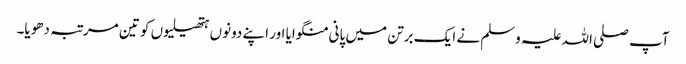
آپ صلی اللہ علیہ وسلم نے ایک برتن میں پانی منگوایا اور اپنے دونوں ہتھیلیوں کو تین مرتبہ دھویا۔